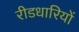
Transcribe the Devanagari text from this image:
रीडधारियों